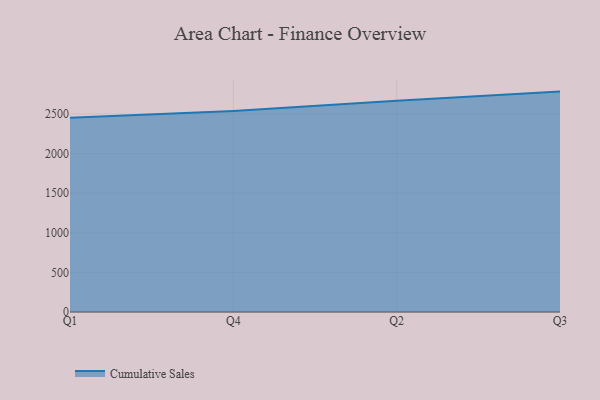
{"axis": {"x": "Quarter", "y": "Demand Index"}, "legend": ["Cumulative Sales"], "data": [{"x": "Q1", "y": 2451.8, "type": "Cumulative Sales"}, {"x": "Q4", "y": 2535.9, "type": "Cumulative Sales"}, {"x": "Q2", "y": 2665.8, "type": "Cumulative Sales"}, {"x": "Q3", "y": 2782.1, "type": "Cumulative Sales"}]}